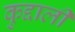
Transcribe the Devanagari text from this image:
कुद्दाली